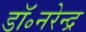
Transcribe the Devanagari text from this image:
डॉ॰नरेन्द्र